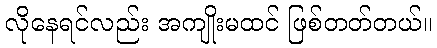
လိုနေရင်လည်း အကျိုးမထင် ဖြစ်တတ်တယ်။